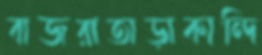
বাজরাতাড়াকান্দি